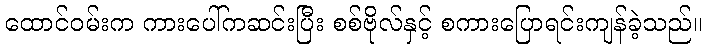
ထောင်ဝမ်းက ကားပေါ်ကဆင်းပြီး စစ်ဗိုလ်နှင့် စကားပြောရင်းကျန်ခဲ့သည်။